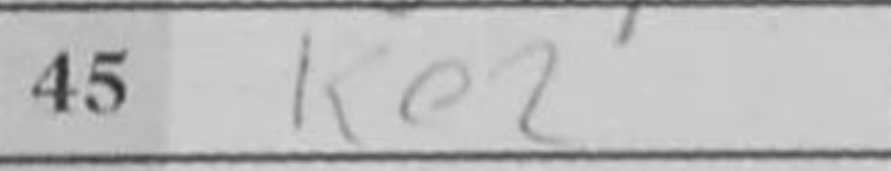
Transcription: Ke2